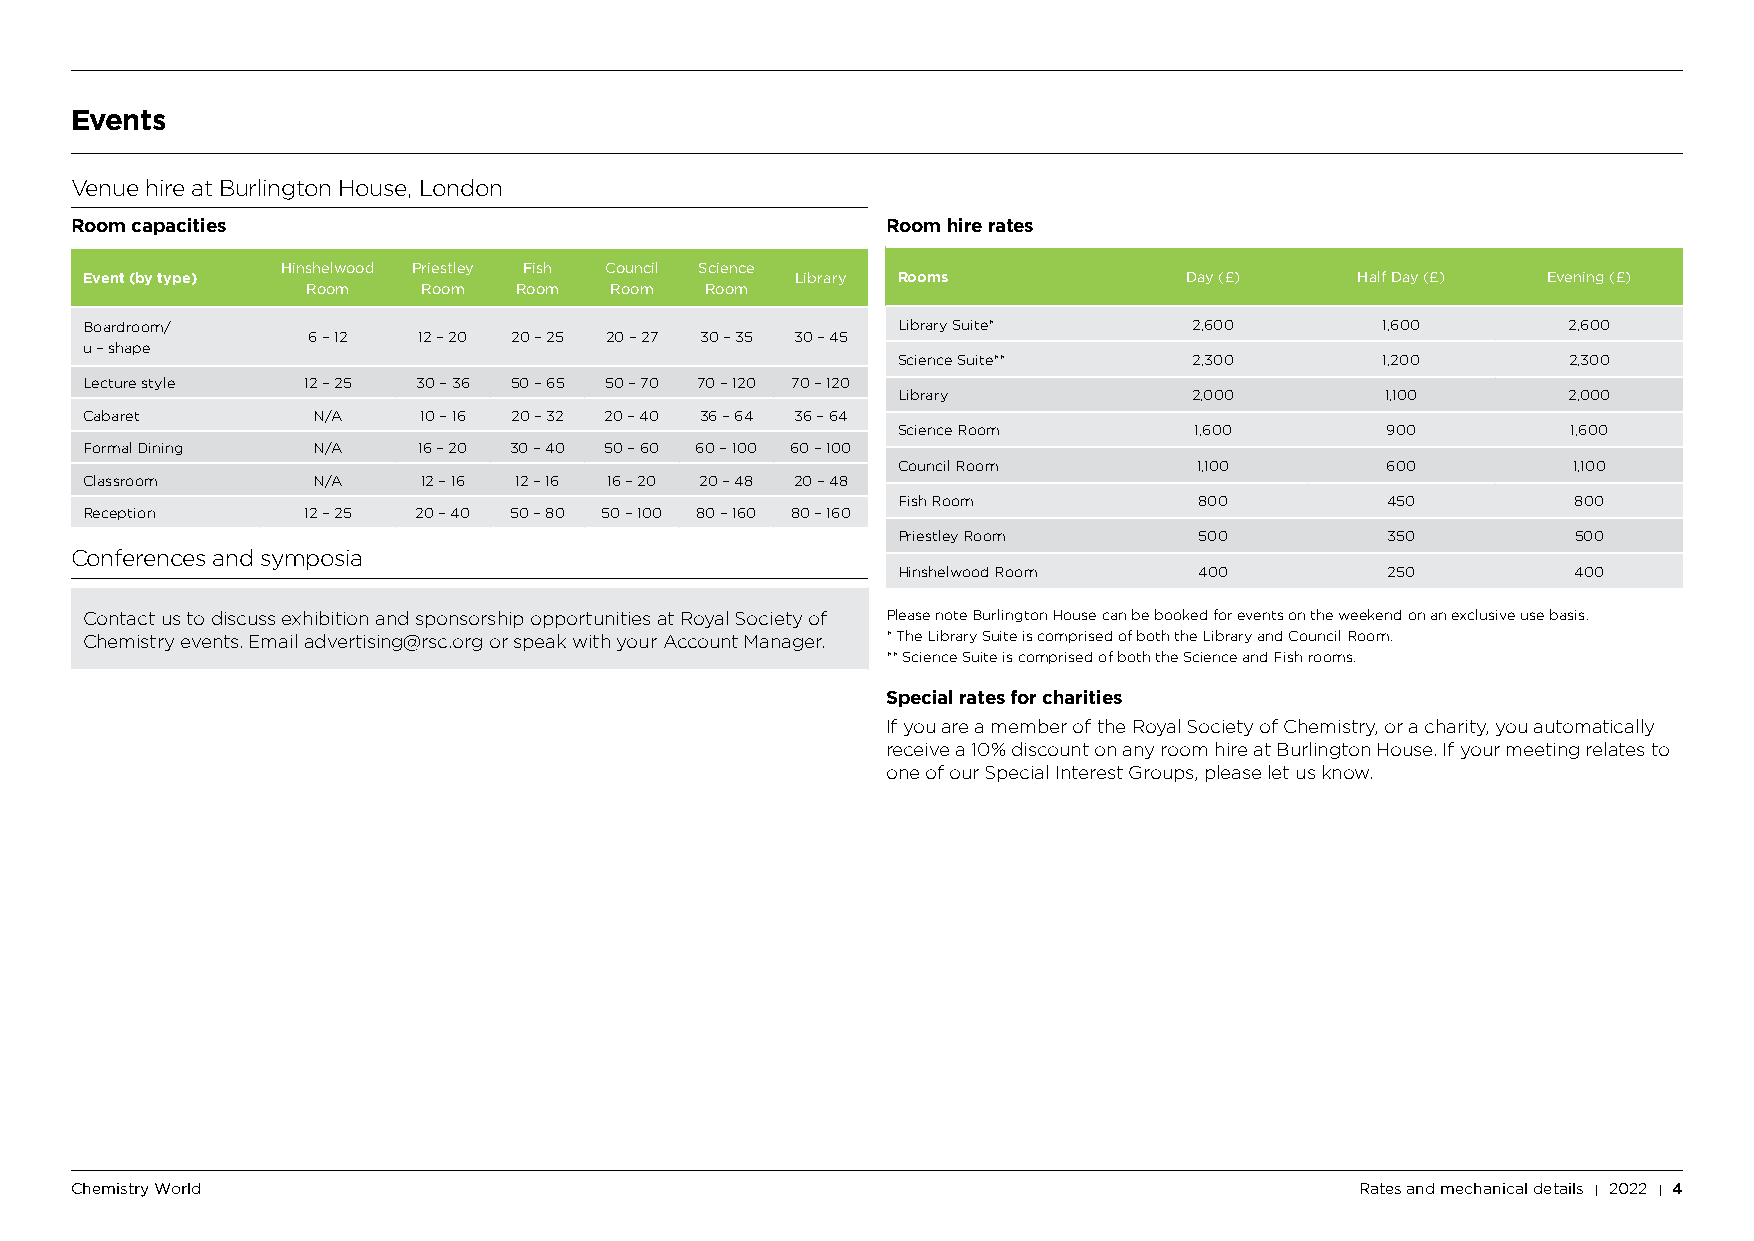
Events
 Venue hire at Burlington House, London
 Room capacities                                       Room hire rates
 Hinshelwood Priestley Fish Council Science
 Event (by type)                                 Library Rooms             Day (£)    Half Day (£) Evening (£)
 Room    Room  Room  Room   Room
 Boardroom/                                            Library Suite*      2,600        1,600       2,600
 6 – 12  12 – 20 20 – 25 20 – 27 30 – 35 30 – 45
 u – shape
 Science Suite**     2,300        1,200       2,300
 Lecture style  12 – 25 30 – 36 50 – 65 50 – 70 70 – 120 70 – 120
 Library             2,000        1,100       2,000
 Cabaret         N/A    10 – 16 20 – 32 20 – 40 36 – 64 36 – 64
 Science Room        1,600        900         1,600
 Formal Dining   N/A    16 – 20 30 – 40 50 – 60 60 – 100 60 – 100
 Council Room        1,100        600         1,100
 Classroom       N/A    12 – 16 12 – 16 16 – 20 20 – 48 20 – 48
 Fish Room           800          450         800
 Reception      12 – 25 20 – 40 50 – 80 50 – 100 80 – 160 80 – 160
 Priestley Room      500          350         500
 Conferences and symposia
 Hinshelwood Room    400          250         400
 Contact us to discuss exhibition and sponsorship opportunities at Royal Society of Please note Burlington House can be booked for events on the weekend on an exclusive use basis.
 Chemistry events. Email advertising@rsc.org or speak with your Account Manager. * The Library Suite is comprised of both the Library and Council Room.
 ** Science Suite is comprised of both the Science and Fish rooms.
 Special rates for charities
 If you are a member of the Royal Society of Chemistry, or a charity, you automatically
 receive a 10% discount on any room hire at Burlington House. If your meeting relates to
 one of our Special Interest Groups, please let us know.
 Chemistry World                                                                      Rates and mechanical details I 2022 I 4
 297 mm × 210 mm